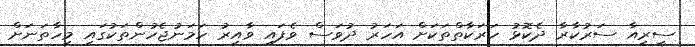
ސީރިއާ ސަރުކާރާ ދެކޮޅު ހަރަކާތްތަކަށް އަހަރު ދުވަސް ވެފައި ވާއިރު ހަމަނުޖެހުންތަކުގައި މިހާތަނަށް